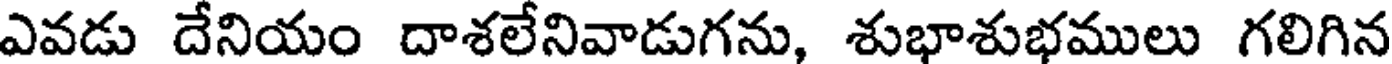
ఎవడు దేనియం దాశలేనివాడుగను, శుభాశుభములు గలిగిన